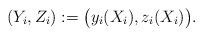
LaTeX: \begin{align*}(Y_{i},Z_i):= \bigl(y_i(X_{i}),z_i(X_{i})\bigr). \end{align*}